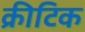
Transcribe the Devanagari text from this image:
क्रीटिक